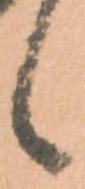
候